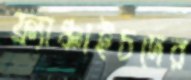
ফ্র্যাঞ্চাইচদের